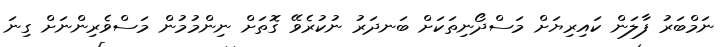
ނަމްބަރު ފާލަން ކައިރިޔަށް މަސްދޯނިތަކަށް ބަނދަރު ނުކުރެވޭ ގޮތަށް ނިންމުމުން މަސްވެރިންނަށް ގިނަ